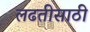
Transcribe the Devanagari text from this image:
लढतीसाठी